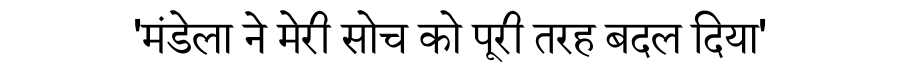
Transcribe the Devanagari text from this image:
'मंडेला ने मेरी सोच को पूरी तरह बदल दिया'